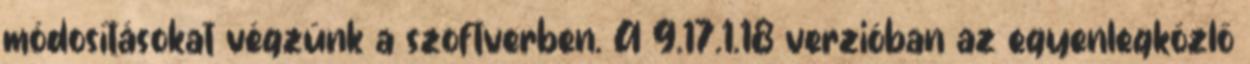
módosításokat végzünk a szoftverben. A 9.17.1.18 verzióban az egyenlegközlő